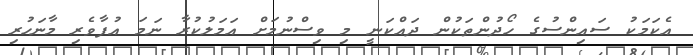
އެކަމަކު ސައިންސުގެ ހޯދުންތަކުން ދައްކަނީ މި ވިސްނުމަށް އަމަލުކުރާ ނަމަ އުފާވެރި މާނަހުރި